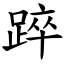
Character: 踤